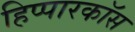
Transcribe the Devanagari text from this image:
हिप्पारकॉस